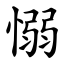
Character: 愵